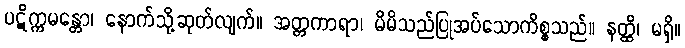
ပဋိက္ကမန္တော၊ နောက်သို့ဆုတ်လျက်။ အတ္တကာရာ၊ မိမိသည်ပြုအပ်သောကိစ္စသည်။ နတ္ထိ၊ မရှိ။